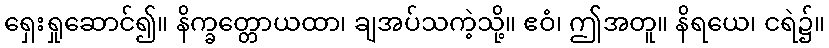
ရှေးရှုဆောင်၍။ နိက္ခတ္တောယထာ၊ ချအပ်သကဲ့သို့။ ဧဝံ၊ ဤအတူ။ နိရယေ၊ ငရဲ၌။